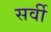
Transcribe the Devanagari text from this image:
सर्वी